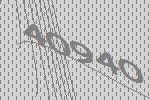
40940